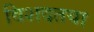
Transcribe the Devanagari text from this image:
विशदतया